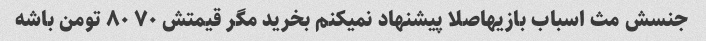
جنسش مث اسباب بازیهاصلا پیشنهاد نمیکنم بخرید مگر قیمتش ۷۰ ۸۰ تومن باشه